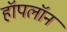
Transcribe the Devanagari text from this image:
हॉपलॉन